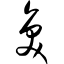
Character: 奂